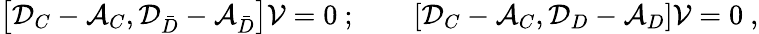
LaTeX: \left[{\cal D}_{C}-{\cal A}_{C},{\cal D}_{\bar{D}}-{\cal A}_{\bar{D}}\right]{\cal V}=0\ ;\qquad\left[{\cal D}_{C}-{\cal A}_{C},{\cal D}_{D}-{\cal A}_{D}\right]{\cal V}=0\ ,